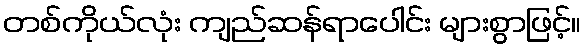
တစ်ကိုယ်လုံး ကျည်ဆန်ရာပေါင်း များစွာဖြင့်။